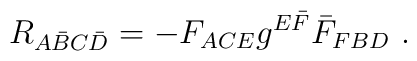
R_{A \bar B C \bar D}=- F_{ACE}  g^{E \bar F} \bar F_{FBD}\ .